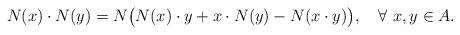
LaTeX: \begin{align*} N(x)\cdot N(y)=N\big(N(x)\cdot y+ x\cdot N(y)-N(x\cdot y)\big),\quad\forall \ x,y\in A. \end{align*}